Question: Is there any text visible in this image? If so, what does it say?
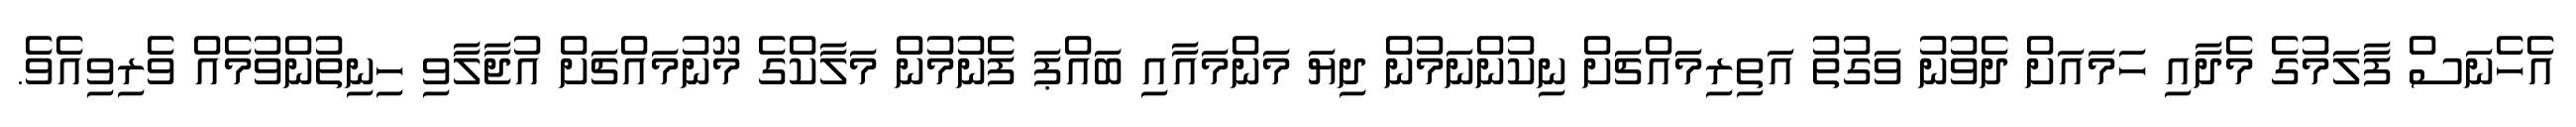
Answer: އެހެނަސް ފާލަމުގެ މެދާއި ހަމައަށް ދެވުނު ވަގުތު އަތިރިމައްޗަށް ނިކުންނަމުން ދިޔަ މަންމައާއި ބައްޕަ ފެނުމުން މަލާކްގެ މޫނުމައްޗަށް އުޖާލާވި ހިނިތުންވުމެއް ވެރިވިއެވެ.